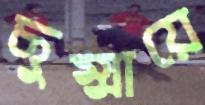
ছুম্মায়ে